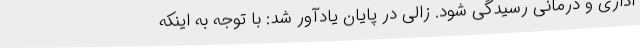
اداری و درمانی رسیدگی شود. زالی در پایان یادآور شد: با توجه به اینکه